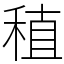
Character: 稙